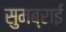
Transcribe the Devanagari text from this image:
सुमब्राई